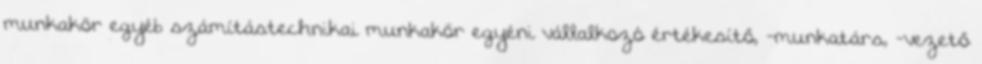
munkakör egyéb számítástechnikai munkakör egyéni vállalkozó értékesítő, -munkatárs, -vezető